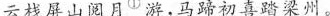
云栈屏山阅月^{①}游，马蹄初喜踏梁州。